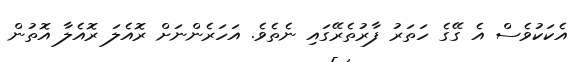
އެކަކުވެސް އެ ގޭގެ ހަތަރު ފާރުތެރޭގައި ނެތެވެ. އަހަރެންނަށް ރޮއެލަ ރޮއެލާ އޮތުން